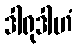
ဒါရုဒါဟံ